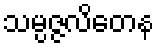
သမ္ပဇ္ဇလိတေန